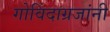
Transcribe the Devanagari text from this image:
गोविंदाग्रजांनी